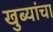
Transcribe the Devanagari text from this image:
खुब्यांचा